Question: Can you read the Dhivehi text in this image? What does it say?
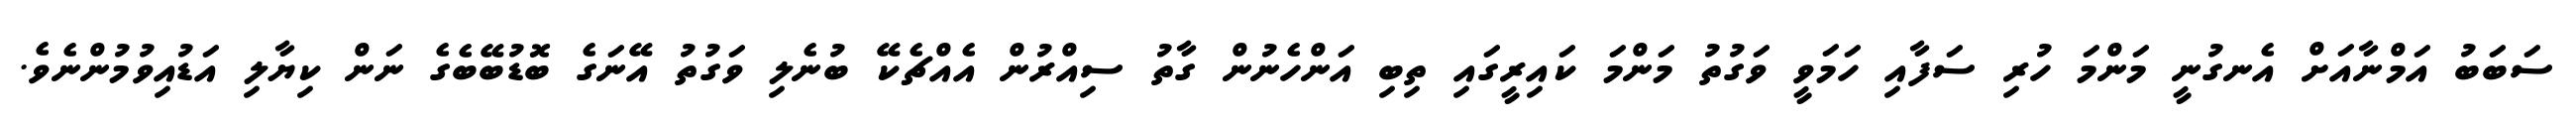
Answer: ސަބަބު އަމްނާއަށް އެނގުނީ މަންމަ ހުރި ސަފާއި ހަމަވީ ވަގުތު މަންމަ ކައިރީގައި ތިބި އަންހެނުން ގާތު ސިއްރުން އެއްޗެކޭ ބުނެލި ވަގުތު އޭނަގެ ބޮޑުބޭބެގެ ނަން ކިޔާލި އަޑުއިވުމުންނެވެ.